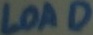
Text: LOAD